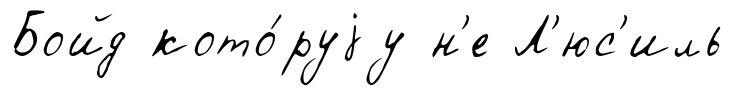
Бойд кото́руjу н'е Л'юс'иль